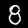
Label: 8